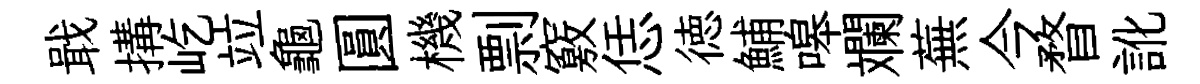
戢搆屹竝龜圓機剽竅恁徳鯆嗥斕蕪今瞀訛